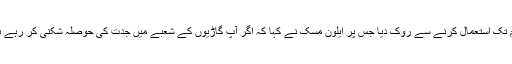
حتی کہ جرمن حکام نے ٹیسلا کو “آٹو پائلٹ” کا نام تک استعمال کرنے سے روک دیا جس پر ایلون مُسک نے کہا کہ اگر آپ گاڑیوں کے شعبے میں جدت کی حوصلہ شکنی کر رہے ہیں تو دراصل آپ لوگوں کو نقصان پہنچا رہے ہیں۔